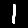
Digit: 1